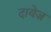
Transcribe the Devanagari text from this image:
दायेज़